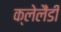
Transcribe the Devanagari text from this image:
क्लेलैंडी